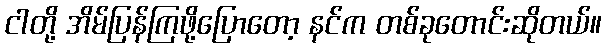
ငါတို့ အိမ်ပြန်ကြဖို့ပြောတော့ နင်က တစ်ခုတောင်းဆိုတယ်။